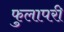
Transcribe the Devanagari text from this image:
फुलापरी